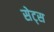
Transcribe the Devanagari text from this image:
सेट्‌स